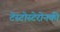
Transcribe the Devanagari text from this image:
टेस्टोस्टेरोनकी